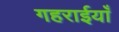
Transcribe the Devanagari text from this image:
गहराईयाँ